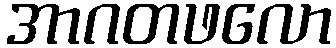
အာဂတဖလော